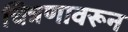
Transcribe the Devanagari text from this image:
चित्रणावरून